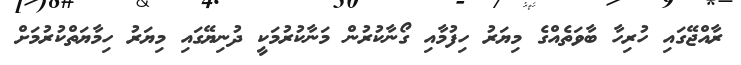
ރާއްޖޭގައި ހުރިހާ ބާވަތެއްގެ މިޔަރު ހިފުމާއި ގޯނާކުރުން މަނާކުރުމަކީ ދުނިޔޭގައި މިޔަރު ހިމާޔަތްކުރުމަށް